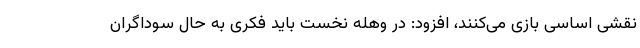
نقشی اساسی بازی می‌کنند، افزود: در وهله نخست باید فکری به حال سوداگران